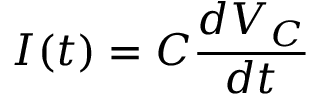
I ( t ) = C \frac { d V _ { C } } { d t }